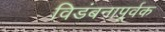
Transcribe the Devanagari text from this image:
विडंबनापूर्वक